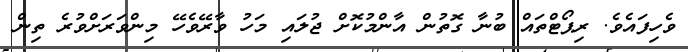
ވެހިފައެވެ. ރިޕޯޓްތައް ބުނާ ގޮތުން އާންމުކޮށް ޖުލައި މަހު ވާރޭވެހޭ މިންވަރަށްވުރެ ތިން